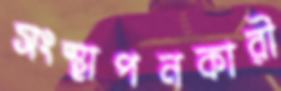
সংস্থাপনকারী